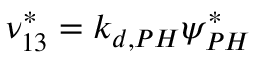
\nu _ { 1 3 } ^ { * } = k _ { d , P H } \psi _ { P H } ^ { * }